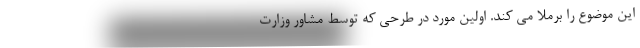
این موضوع را برملا می کند. اولین مورد در طرحی که توسط مشاور وزارت